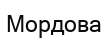
Мордова